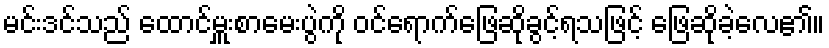
မင်းဒင်သည် ထောင်မှူးစာမေးပွဲကို ဝင်ရောက်ဖြေဆိုခွင့်ရသဖြင့် ဖြေဆိုခဲ့လေ၏။